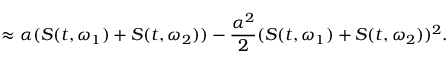
\approx \alpha ( S ( t , \omega _ { 1 } ) + S ( t , \omega _ { 2 } ) ) - \frac { \alpha ^ { 2 } } { 2 } ( S ( t , \omega _ { 1 } ) + S ( t , \omega _ { 2 } ) ) ^ { 2 } .